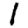
Digit: 1